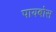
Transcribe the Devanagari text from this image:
पायबोस